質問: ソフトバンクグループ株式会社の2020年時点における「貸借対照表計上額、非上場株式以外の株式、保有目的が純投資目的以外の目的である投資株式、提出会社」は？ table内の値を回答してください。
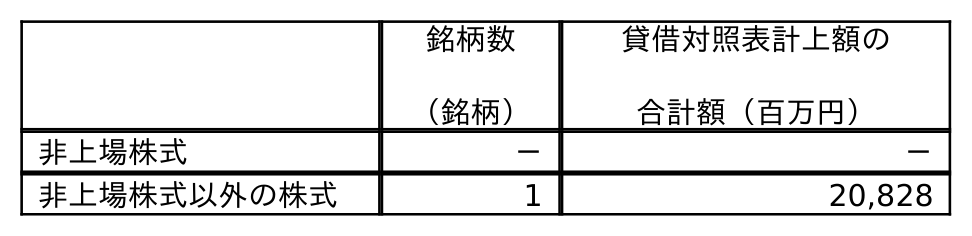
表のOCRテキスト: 銘柄数 （銘柄） 貸借対照表計上額の 合計額（百万円） 非上場株式 － － 非上場株式以外の株式 1 20,828
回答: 20,828